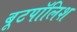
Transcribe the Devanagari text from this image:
बूटपॉलिश